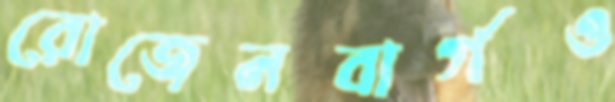
রোজেনবার্গও